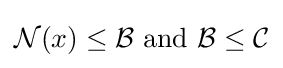
{\mathcal {N}}(x)\leq {\mathcal {B}}{\text{ and }}{\mathcal {B}}\leq {\mathcal {C}}